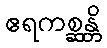
ဧရကစ္ဆန္တိ